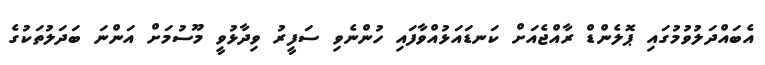
އެބައްދަލުވުމުގައި ޕޮލެންޑް ރާއްޖެއަށް ކަނޑައަޅުއްވާފައި ހުންނެވި ސަފީރު ވިދާޅުވީ މޫސުމަށް އަންނަ ބަދަލުތަކުގެ